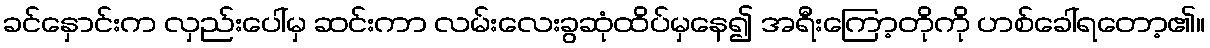
ခင်နှောင်းက လှည်းပေါ်မှ ဆင်းကာ လမ်းလေးခွဆုံထိပ်မှနေ၍ အရီးကြော့တိုကို ဟစ်ခေါ်ရတော့၏။